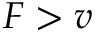
F > v